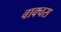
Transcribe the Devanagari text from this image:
बाक्चस